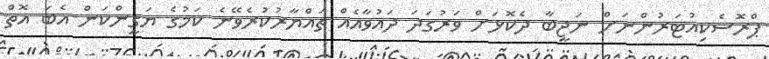
ޕްރޮަސެކިއުޓަރުންނަށް ނަޖީބާ ދެކޮޅަށް ވަރުގަދަ ދައުވާއެއް ތައްޔާރުކުރެވޭނެ ކަމުގެ ޔަގީންކަން އެބަ އޮތް